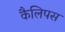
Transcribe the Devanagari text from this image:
कैलिपस